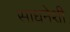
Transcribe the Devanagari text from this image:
साधनेशी